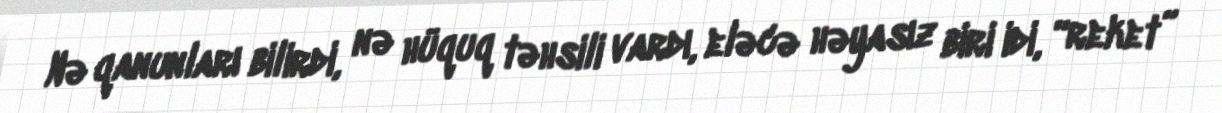
Nə qanunları bilirdi, nə hüquq təhsili vardı, eləcə həyasız biri idi, “reket”